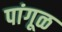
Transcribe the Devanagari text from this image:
पांगूळ